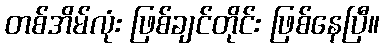
တစ်အိမ်လုံး ဖြစ်ချင်တိုင်း ဖြစ်နေပြီ။